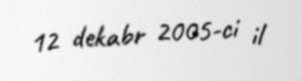
12 dekabr 2005-ci il